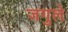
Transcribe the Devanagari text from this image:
जगुले